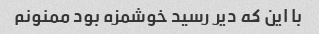
با این که دیر رسید خوشمزه بود ممنونم